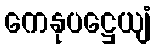
ကေနုပဋ္ဌေယျံ